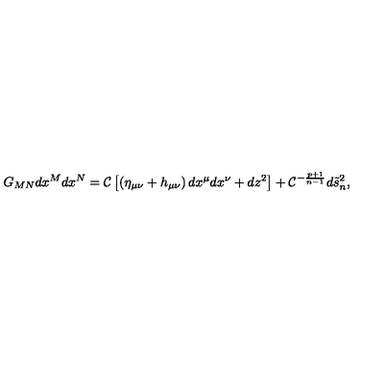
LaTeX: G _ { M N } d x ^ { M } d x ^ { N } = { \cal C } \left[ \left( \eta _ { \mu \nu } + h _ { \mu \nu } \right) d x ^ { \mu } d x ^ { \nu } + d z ^ { 2 } \right] + { \cal C } ^ { - { \frac { p + 1 } { n - 1 } } } d \tilde { s } _ { n } ^ { 2 } ,